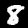
Digit: 8